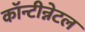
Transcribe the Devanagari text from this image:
कॉन्टीन्नेटल